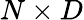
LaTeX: N\times D